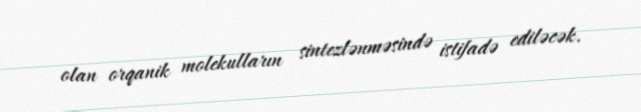
olan orqanik molekulların sintezlənməsində istifadə ediləcək.